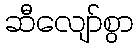
ဆီလျော်စွာ